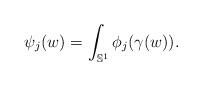
LaTeX: \begin{align*} \psi_j(w) = \int_{\mathbb{S}^1} \phi_j(\gamma(w)).\end{align*}